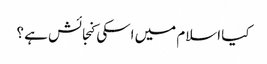
کیا اسلام میں اسکی کنجائش ہے ؟